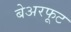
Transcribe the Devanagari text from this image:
बेअरफूट